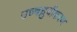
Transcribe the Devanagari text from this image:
उच्चध्रुवीकरण